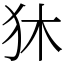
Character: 狇